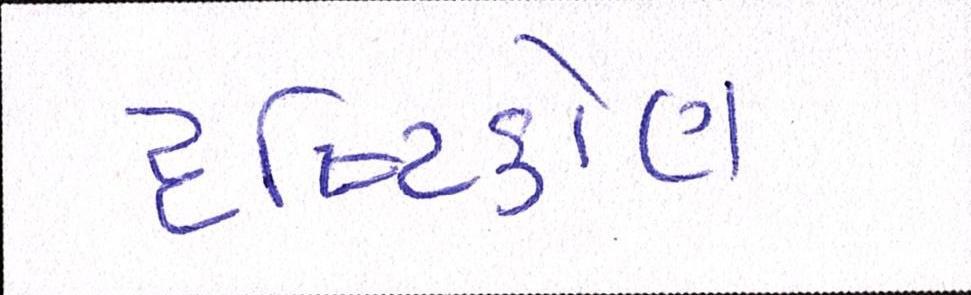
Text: દૃષ્ટિકોણ